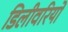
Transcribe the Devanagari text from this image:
डिलीवरियों